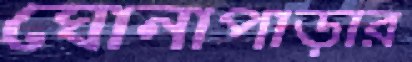
ঘোনাপাড়ার